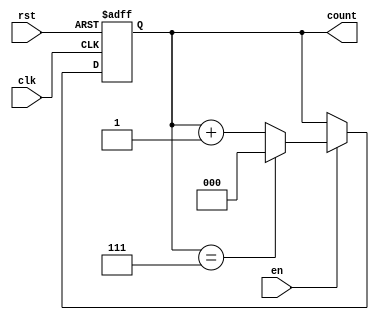
module memory_blocks_windowed_counter #(
    parameter WINDOW_SIZE = 8 // Parameterize the window size (default: 8)
)(
    input wire clk,           // Clock signal
    input wire rst,           // Asynchronous reset signal
    input wire en,            // Enable signal
    output reg [$clog2(WINDOW_SIZE)-1:0] count // Count output
);

    // Always block to handle counting and reset
    always @(posedge clk or posedge rst) begin
        if (rst) begin
            count <= 0; // Asynchronous reset: set count to 0
        end else if (en) begin
            if (count == WINDOW_SIZE - 1) begin
                count <= 0; // Wrap around to zero if max count is reached
            end else begin
                count <= count + 1; // Increment the count
            end
        end
    end

endmodule